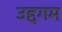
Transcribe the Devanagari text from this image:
उद्दगम